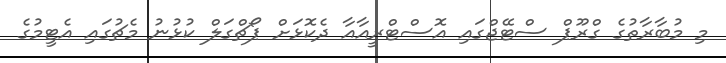
މި މުބާރާތުގެ ގްރޫޕް ސްޓޭޖްގައި އޮސްޓްރީއާއާ ދެކޮޅަށް ޕޯޗްގަލް ކުޅުނު މެޗުގައި އެޓީމުގެ